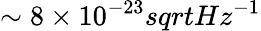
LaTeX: \sim 8\times 10^{-23}sqrt{Hz}^{-1}